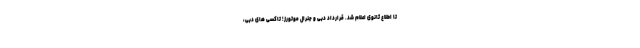
تا اطلاع ثانوی اعلام شد. قرارداد دبی و جنرال موتورز؛ تاکسی های دبی،